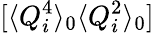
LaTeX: [\langle Q_{i}^{4}\rangle_{0}\langle Q_{i}^{2}\rangle_{0}]